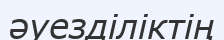
әуезділіктің